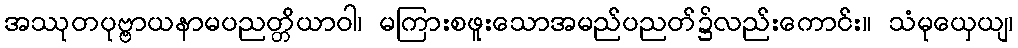
အဿုတပုဗ္ဗာယနာမပညတ္တိယာဝါ၊ မကြားစဖူးသောအမည်ပညတ်၌လည်းကောင်း။ သံမုယှေယျ၊